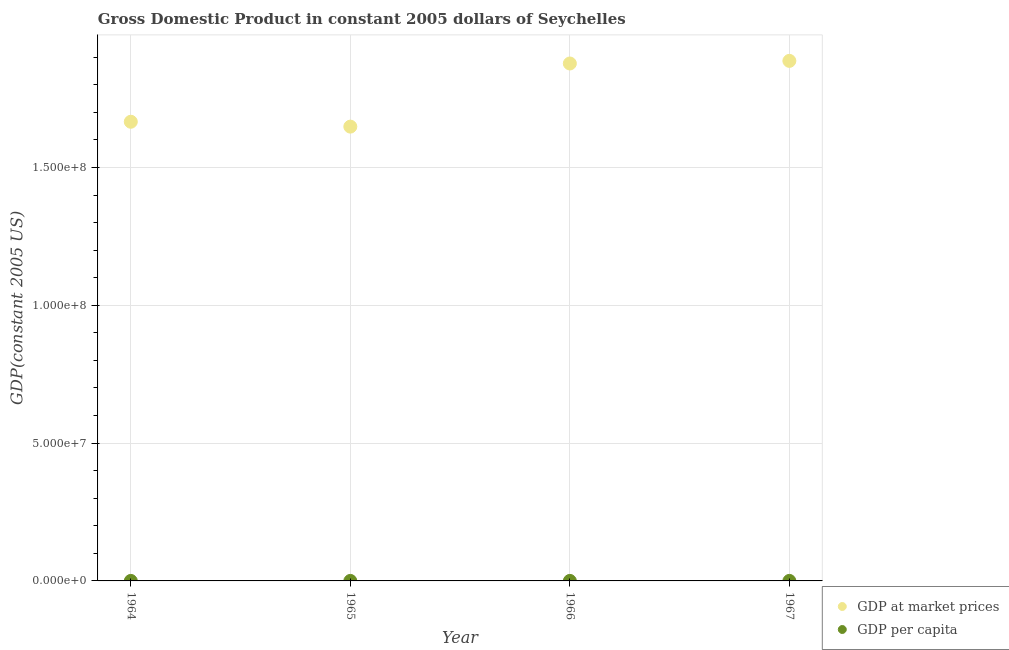
| Year | GDP at market prices | GDP per capita |
 | --- | --- | --- |
 | 1964 | 1.67e+08 | 3.6e+03 |
 | 1965 | 1.65e+08 | 3.47e+03 |
 | 1966 | 1.88e+08 | 3.86e+03 |
 | 1967 | 1.89e+08 | 3.78e+03 |